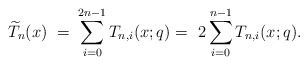
\begin{align*}\widetilde{T}_n(x) \ = & \ \sum_{i=0}^{2n-1}T_{n,i}(x;q) = \ 2 \sum_{i=0}^{n-1}T_{n,i}(x;q).\end{align*}